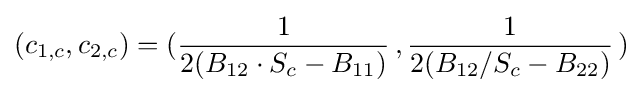
(c_{1,c},c_{2,c})=({\frac {1}{2(B_{12}\cdot S_{c}-B_{11})}}\,,{\frac {1}{2(B_{12}/S_{c}-B_{22})}}\,)